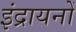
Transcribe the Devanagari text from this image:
इंद्रायनों